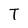
Character: T